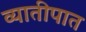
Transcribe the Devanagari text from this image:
व्यातीपात